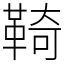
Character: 䩭